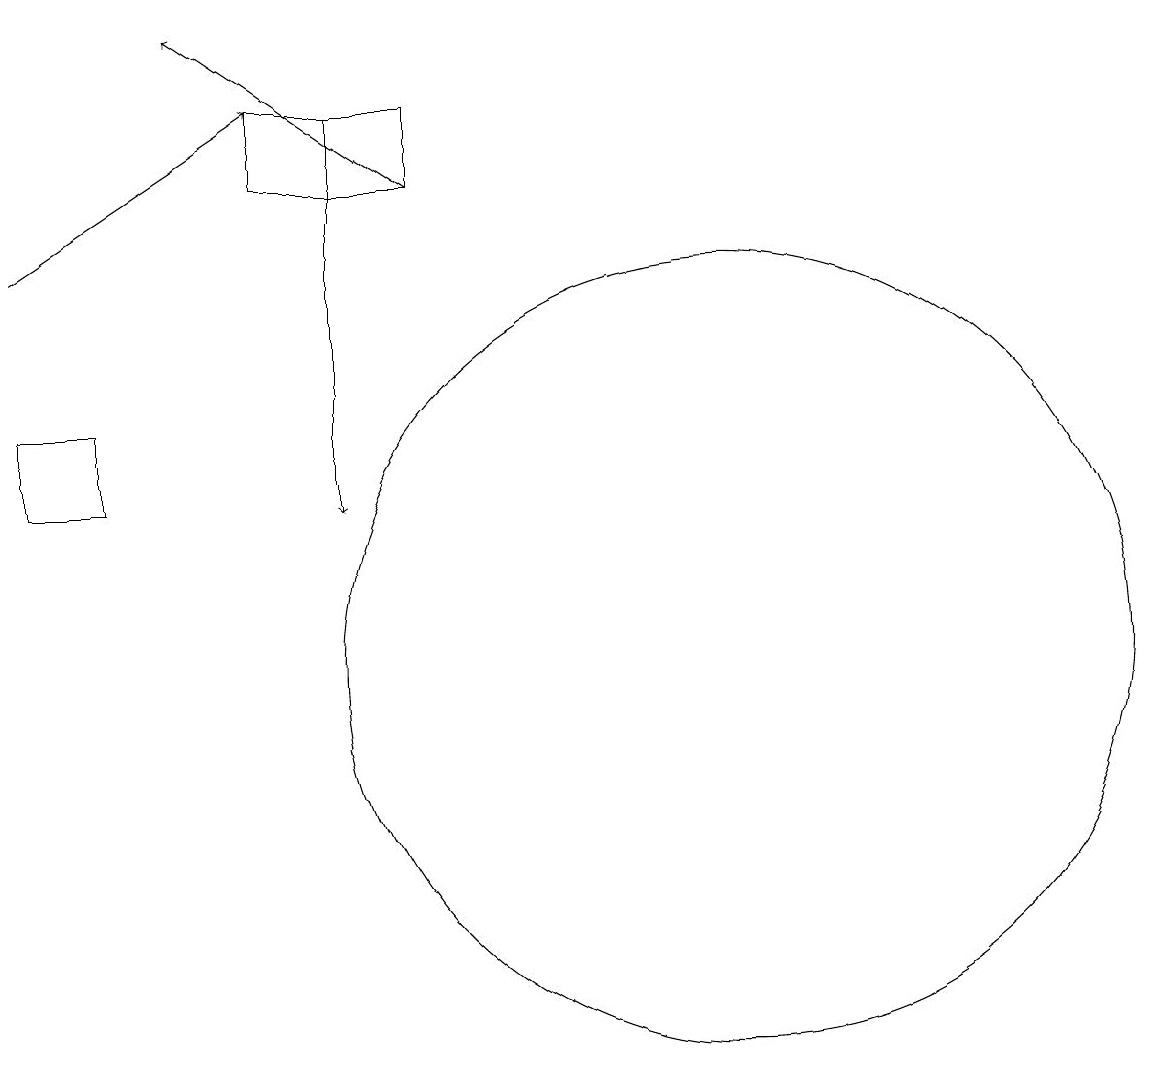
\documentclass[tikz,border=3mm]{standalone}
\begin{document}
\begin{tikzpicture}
\draw[->] (6,18) -- (6,13);
\draw (11,11) circle (5);
\draw (3,13) rectangle (2,14);
\draw (5,17) rectangle (7,18);
\draw[->] (2,16) -- (5,18);
\draw[->] (7,17) -- (4,19);
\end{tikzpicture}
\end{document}